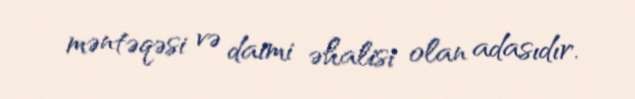
məntəqəsi və daimi əhalisi olan adasıdır.